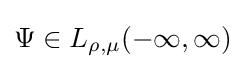
\Psi \in L_{\rho ,\mu }(-\infty ,\infty )